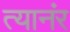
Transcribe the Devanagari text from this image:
त्यानंर